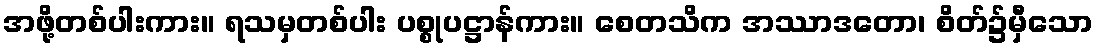
အဖို့တစ်ပါးကား။ ရသမှတစ်ပါး ပစ္စုပဋ္ဌာန်ကား။ စေတသိက အဿာဒတော၊ စိတ်၌မှီသော